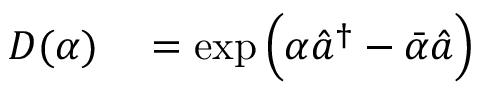
\begin{array} { r l } { D ( \alpha ) } & { { } = \exp \Big ( \alpha \hat { a } ^ { \dagger } - \bar { \alpha } \hat { a } \Big ) } \end{array}